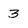
Character: 3